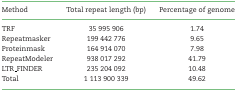
<table><thead><tr><td><b>Method</b></td><td><b>Total repeat length (bp)</b></td><td><b>Percentage of genome</b></td></tr></thead><tbody><tr><td>TRF</td><td>35 995 906</td><td>1.74</td></tr><tr><td>Repeatmasker</td><td>199 442 776</td><td>9.65</td></tr><tr><td>Proteinmask</td><td>164 914 070</td><td>7.98</td></tr><tr><td>RepeatModeler</td><td>938 017 292</td><td>41.79</td></tr><tr><td>LTR_FINDER</td><td>235 204 092</td><td>10.48</td></tr><tr><td>Total</td><td>1 113 900 339</td><td>49.62</td></tr></tbody></table>